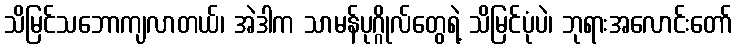
သိမြင်သဘောကျလာတယ်၊ အဲဒါက သာမန်ပုဂ္ဂိုလ်တွေရဲ့ သိမြင်ပုံပဲ၊ ဘုရားအလောင်းတော်